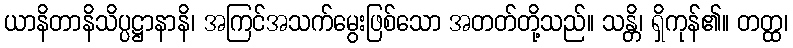
ယာနိတာနိသိပ္ပဋ္ဌာနာနိ၊ အကြင်အသက်မွေးဖြစ်သော အတတ်တို့သည်။ သန္တိ၊ ရှိကုန်၏။ တတ္ထ၊